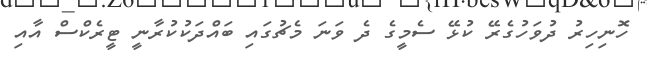
ހޮނިހިރު ދުވަހުގެރޭ ކުޅޭ ސެމީގެ ދެ ވަނަ މެޗުގައި ބައްދަކުކުރާނީ ޓީރެކްސް އާއި